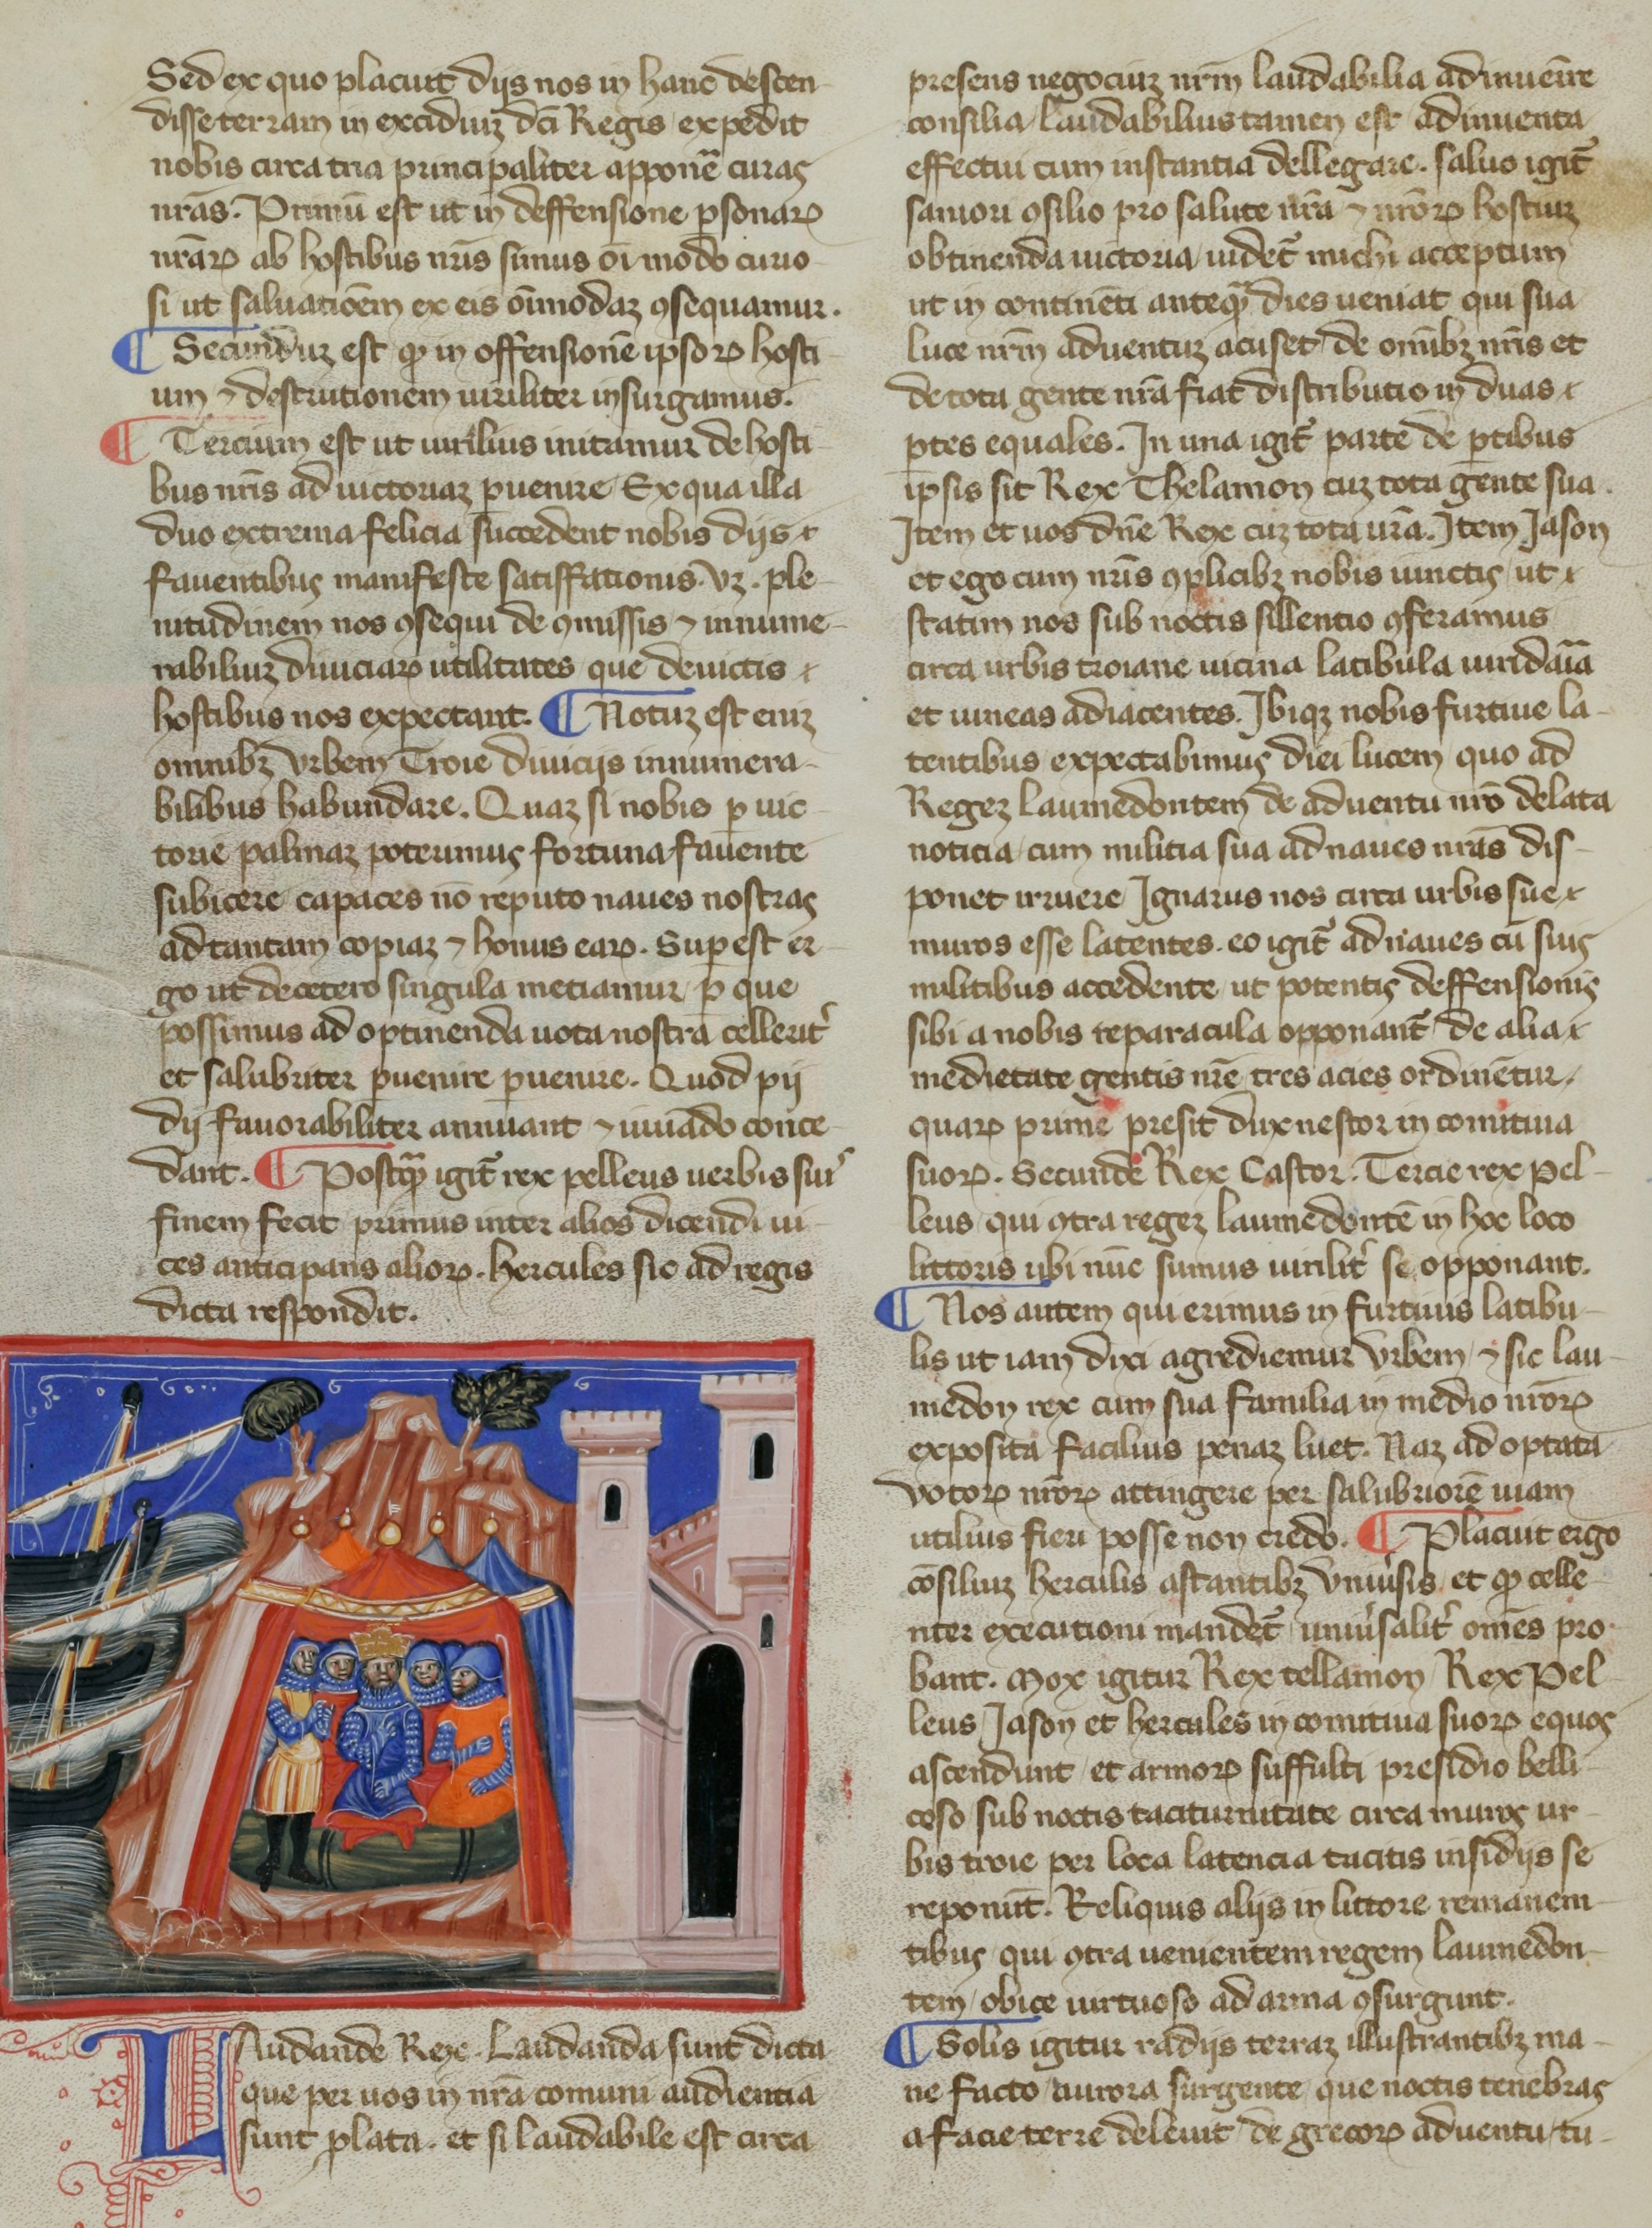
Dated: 1365–1375